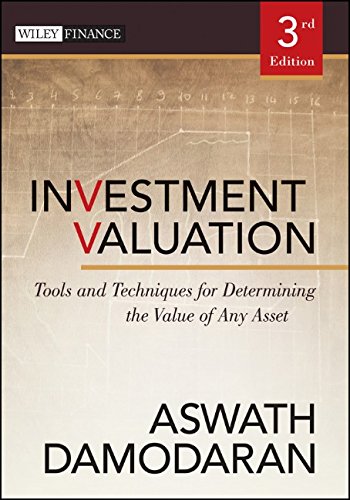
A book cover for Investment Valuation: Tools and Techniques for Determining the Value of Any Asset; Aswath Damodaran; Business & Money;